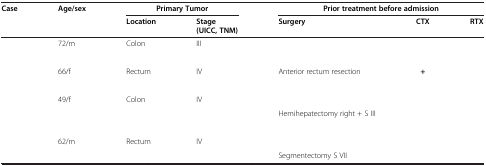
<table><thead><tr><td rowspan="3"><b>Case</b></td><td rowspan="3"><b>Age/sex</b></td><td colspan="2"><b>Primary Tumor</b></td><td colspan="3"><b>Prior treatment before admission</b></td></tr><tr><td rowspan="2"><b>Location</b></td><td><b>Stage</b></td><td rowspan="2"><b>Surgery</b></td><td rowspan="2"><b>CTX</b></td><td rowspan="2"><b>RTX</b></td></tr><tr><td><b>(UICC, TNM)</b></td></tr></thead><tbody><tr><td rowspan="2">[EMPTY_CELL]</td><td rowspan="2">72/m</td><td rowspan="2">Colon</td><td>III</td><td rowspan="2">[EMPTY_CELL]</td><td rowspan="2">[EMPTY_CELL]</td><td rowspan="2">[EMPTY_CELL]</td></tr><tr><td>[EMPTY_CELL]</td></tr><tr><td rowspan="2">[EMPTY_CELL]</td><td rowspan="2">66/f</td><td rowspan="2">Rectum</td><td>IV</td><td>Anterior rectum resection</td><td><b>+</b></td><td>[EMPTY_CELL]</td></tr><tr><td>[EMPTY_CELL]</td><td>[EMPTY_CELL]</td><td>[EMPTY_CELL]</td><td>[EMPTY_CELL]</td></tr><tr><td rowspan="3">[EMPTY_CELL]</td><td rowspan="3">49/f</td><td rowspan="3">Colon</td><td>IV</td><td>[EMPTY_CELL]</td><td rowspan="3">[EMPTY_CELL]</td><td rowspan="3">[EMPTY_CELL]</td></tr><tr><td rowspan="2">[EMPTY_CELL]</td><td>Hemihepatectomy right + S III</td></tr><tr><td>[EMPTY_CELL]</td></tr><tr><td rowspan="2">[EMPTY_CELL]</td><td rowspan="2">62/m</td><td rowspan="2">Rectum</td><td>IV</td><td>[EMPTY_CELL]</td><td rowspan="2">[EMPTY_CELL]</td><td rowspan="2">[EMPTY_CELL]</td></tr><tr><td>[EMPTY_CELL]</td><td>Segmentectomy S VII</td></tr></tbody></table>